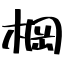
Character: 棡